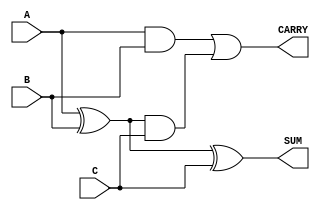
module CarrySaveAdder #(parameter N = 8) (
    input  [N-1:0] A,    // First operand
    input  [N-1:0] B,    // Second operand
    input  [N-1:0] C,    // Third operand
    output [N-1:0] SUM,   // Final sum output
    output [N-1:0] CARRY  // Final carry output
);

    // Intermediate partial sums and carries
    wire [N-1:0] P1_sum, P1_carry;
    wire [N-1:0] P2_sum, P2_carry;

    // First stage: Calculate partial sums and carries
    assign P1_sum   = A ^ B;           // Partial sum of A and B
    assign P1_carry = A & B;           // Partial carry of A and B

    assign P2_sum   = P1_sum ^ C;      // Partial sum of P1_sum and C
    assign P2_carry = P1_carry | (P1_sum & C); // Partial carry

    // Final output: Sum and Carry
    assign SUM   = P2_sum;              // Final sum output
    assign CARRY = P2_carry;            // Final carry output

endmodule